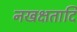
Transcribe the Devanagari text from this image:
नखक्षतादि